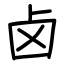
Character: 卤